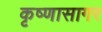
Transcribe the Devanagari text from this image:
कृष्णासागर